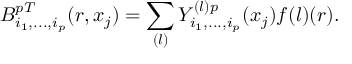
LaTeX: B _ { i _ { 1 } , . . . , i _ { p } } ^ { p T } ( r , x _ { j } ) = \sum _ { ( l ) } Y _ { i _ { 1 } , . . . , i _ { p } } ^ { ( l ) p } ( x _ { j } ) f { ( l ) } ( r ) .